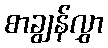
စာချွန်လွှာ